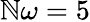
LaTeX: \mathbb{N}\omega=5